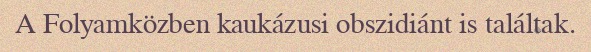
A Folyamközben kaukázusi obszidiánt is találtak.